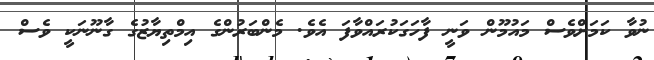
ނުވާ ކަަމަށްވެސް މައުމޫން ވަނީ ފާހަގަކުރައްވާފަ އެވެ. މެންބަރުންގެ އިމްތިޔާޒުގެ ގާނޫނަކީ ވެސް